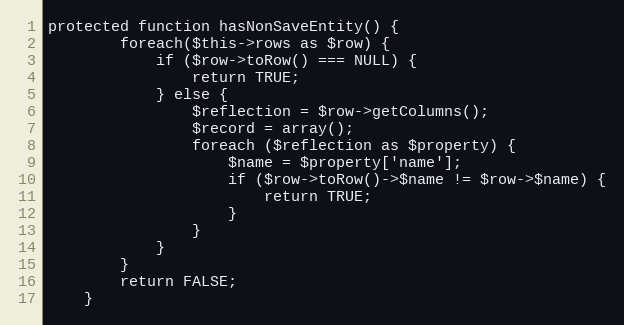
Language: PHP
protected function hasNonSaveEntity() {
		foreach($this->rows as $row) {
			if ($row->toRow() === NULL) {
				return TRUE;
			} else {
				$reflection = $row->getColumns();
				$record = array();
				foreach ($reflection as $property) {
					$name = $property['name'];
					if ($row->toRow()->$name != $row->$name) {
						return TRUE;
					}
				}
			}
		}
		return FALSE;
	}